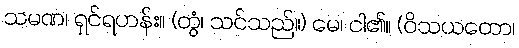
သမဏ၊ ရှင်ရဟန်း။ (တွံ၊ သင်သည်။) မေ၊ ငါ၏။ (ဝိသယတော၊